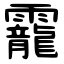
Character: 靇